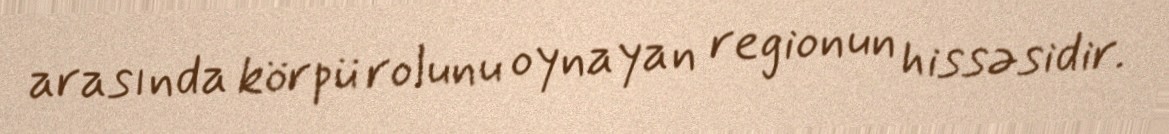
arasında körpü rolunu oynayan regionun hissəsidir.